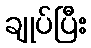
ချုပ်ပြီး